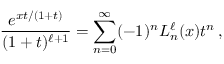
\frac { e ^ { x t / ( 1 + t ) } } { ( 1 + t ) ^ { \ell + 1 } } = \sum _ { n = 0 } ^ { \infty } ( - 1 ) ^ { n } L _ { n } ^ { \ell } ( x ) t ^ { n } \, ,